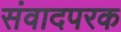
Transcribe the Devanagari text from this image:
संवादपरक